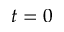
t = 0